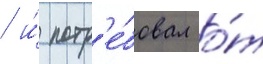
/ и́ потр'е́бовал о́т